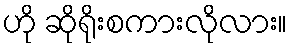
ဟို ဆိုရိုးစကားလိုလား။